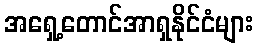
အရှေ့တောင်အာရှနိုင်ငံများ